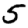
Digit: 5